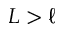
L > \ell